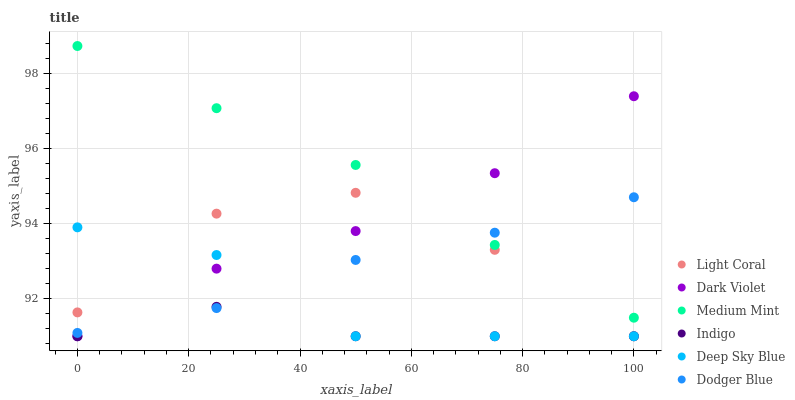
| xaxis_label | Light Coral | Dark Violet | Medium Mint | Indigo | Deep Sky Blue | Dodger Blue |
 | --- | --- | --- | --- | --- | --- | --- |
 | 0 | 91.6 | 91 | 98.7 | 91 | 93.9 | 91.1 |
 | 25 | 94.3 | 92.8 | 97.1 | 91.8 | 93.2 | 91.8 |
 | 50 | 94.8 | 93.8 | 95.6 | 91 | 91 | 93 |
 | 75 | 93.3 | 95.3 | 93.4 | 91 | 91 | 93.8 |
 | 100 | 91 | 97.4 | 91.5 | 91 | 91 | 94.7 |